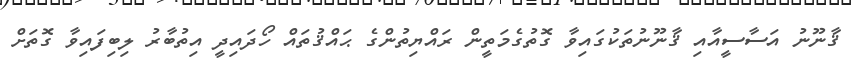
ޤާނޫނު އަސާސީއާއި ޤާނޫނުތަކުގައިވާ ގޮތުގެމަތީން ރައްޔިތުންގެ ޙައްޤުތައް ހޯދައިދީ އިތުބާރު ލިބިފައިވާ ގޮތަށް